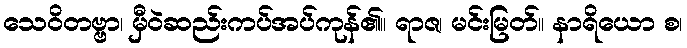
သေဝိတဗ္ဗာ၊ မှီဝဲဆည်းကပ်အပ်ကုန်၏။ ရာဇ၊ မင်းမြတ်။ နာရိယော စ၊